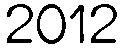
2012